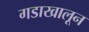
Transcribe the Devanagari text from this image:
गडाखालून